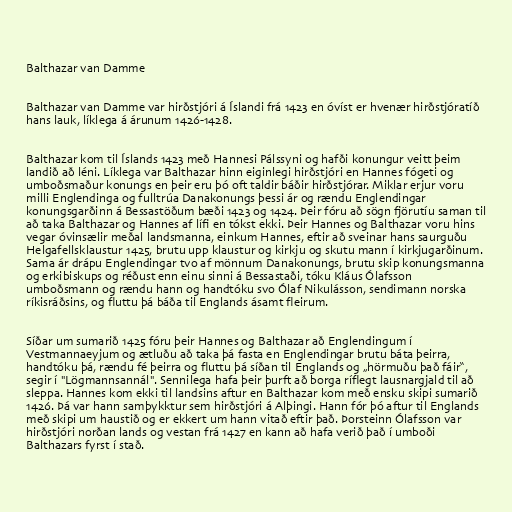
Balthazar van Damme

Balthazar van Damme var hirðstjóri á Íslandi frá 1423 en óvíst er hvenær hirðstjóratíð
hans lauk, líklega á árunum 1426-1428.

Balthazar kom til Íslands 1423 með Hannesi Pálssyni og hafði konungur veitt þeim
landið að léni. Líklega var Balthazar hinn eiginlegi hirðstjóri en Hannes fógeti og
umboðsmaður konungs en þeir eru þó oft taldir báðir hirðstjórar. Miklar erjur voru
milli Englendinga og fulltrúa Danakonungs þessi ár og rændu Englendingar
konungsgarðinn á Bessastöðum bæði 1423 og 1424. Þeir fóru að sögn fjörutíu saman til
að taka Balthazar og Hannes af lífi en tókst ekki. Þeir Hannes og Balthazar voru hins
vegar óvinsælir meðal landsmanna, einkum Hannes, eftir að sveinar hans saurguðu
Helgafellsklaustur 1425, brutu upp klaustur og kirkju og skutu mann í kirkjugarðinum.
Sama ár drápu Englendingar tvo af mönnum Danakonungs, brutu skip konungsmanna
og erkibiskups og réðust enn einu sinni á Bessastaði, tóku Kláus Ólafsson
umboðsmann og rændu hann og handtóku svo Ólaf Nikulásson, sendimann norska
ríkisráðsins, og fluttu þá báða til Englands ásamt fleirum.

Síðar um sumarið 1425 fóru þeir Hannes og Balthazar að Englendingum í
Vestmannaeyjum og ætluðu að taka þá fasta en Englendingar brutu báta þeirra,
handtóku þá, rændu fé þeirra og fluttu þá síðan til Englands og „hörmuðu það fáir“,
segir í "Lögmannsannál". Sennilega hafa þeir þurft að borga ríflegt lausnargjald til að
sleppa. Hannes kom ekki til landsins aftur en Balthazar kom með ensku skipi sumarið
1426. Þá var hann samþykktur sem hirðstjóri á Alþingi. Hann fór þó aftur til Englands
með skipi um haustið og er ekkert um hann vitað eftir það. Þorsteinn Ólafsson var
hirðstjóri norðan lands og vestan frá 1427 en kann að hafa verið það í umboði
Balthazars fyrst í stað.